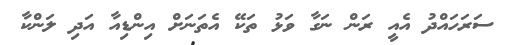
ސަރަހައްދު އެއީ ރަން ނަގާ ވަޅު ތަކޭ އެތަނަށް އިންޑިއާ އަދި ލަންކާ